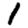
Digit: 1